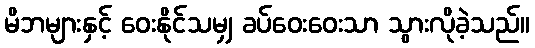
မိဘများနှင့် ဝေးနိုင်သမျှ ခပ်ဝေးဝေးသာ သွားလိုခဲ့သည်။